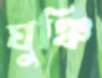
ঘুঞ্চি